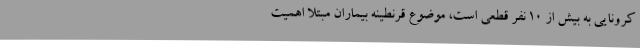
کرونایی به بیش از 10 نفر قطعی است، موضوع قرنطینه بیماران مبتلا اهمیت